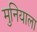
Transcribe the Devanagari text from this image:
मुनियाला